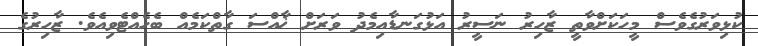
ކުޅިވަރުގެވެސް މީހަކަށްވާތީ ޒާހިރު ނަސީރު އަޅުގަނޑާއިމެދު ވަރަށް ޚާއްސަ ގާތްކަމެއް ބެހެއްޓެވިއެވެ. ޒާހިރުގެ